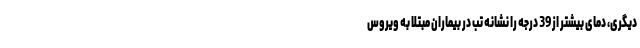
دیگری، دمای بیشتر از 39 درجه را نشانه تب در بیماران مبتلا به ویروس